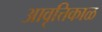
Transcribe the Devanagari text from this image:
आवृत्तिकाळ